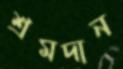
শ্রমদান